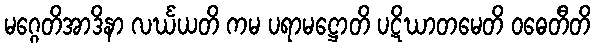
မဂ္ဂေတိအာဒိနာ လင်္ဃယတိ ကမ ပရာမဋ္ဌောတိ ပဋိဃာတမေတိ ဝဓေတီတိ